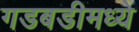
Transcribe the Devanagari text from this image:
गडबडीमध्ये